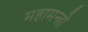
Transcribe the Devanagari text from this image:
महामन्त्रो